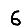
Digit: 6